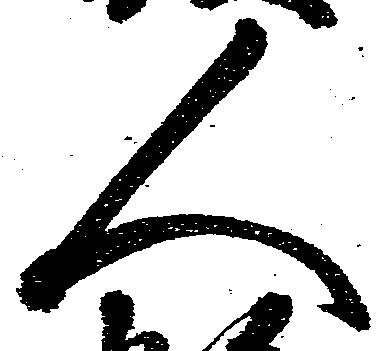
人